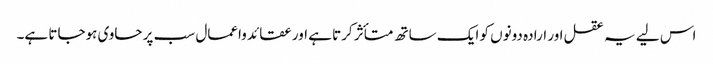
اس لیے یہ عقل اور ارادہ دونوں کو ایک ساتھ متأثر کرتا ہے اور عقائد واعمال سب پر حاوی ہوجاتا ہے۔